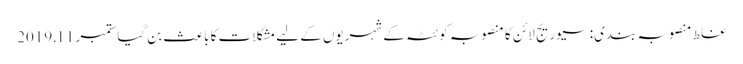
غلط منصوبہ بندی: سیوریج لائن کا منصوبہ کوئٹہ کے شہریوں کے لیے مشکلات کا باعث بن گیا ستمبر 11, 2019